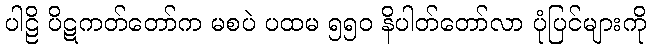
ပါဠိ ပိဋကတ်တော်က မစပဲ ပထမ ၅၅၀ နိပါတ်တော်လာ ပုံပြင်များကို